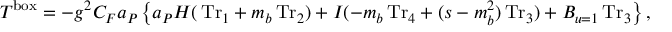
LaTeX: T ^ { \mathrm { b o x } } = - g ^ { 2 } C _ { F } a _ { \cal P } \left\{ a _ { \cal P } H ( \, \mathrm { T r } _ { 1 } + m _ { b } \, \mathrm { T r } _ { 2 } ) + I ( - m _ { b } \, \mathrm { T r } _ { 4 } + ( s - m _ { b } ^ { 2 } ) \, \mathrm { T r } _ { 3 } ) + { B } _ { u = 1 } \, \mathrm { T r } _ { 3 } \right\} ,